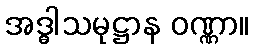
အဒ္ဓါသမုဋ္ဌာန ဝဏ္ဏာ။